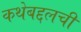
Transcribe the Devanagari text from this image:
कथेबद्दलची